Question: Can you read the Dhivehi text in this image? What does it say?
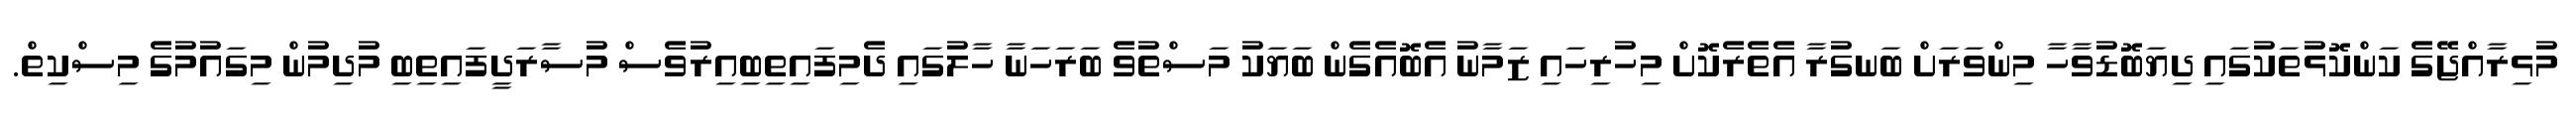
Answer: މުޅިރާއްޖޭގެ ކަންކޮޅުތަކުގައި ދިޔަބޮޑުވާހާ މިންވަރަށް ބަނގުރާ އެތެރެކޮށް މިހުރިހައި ޒަމާނު އެބޮއެގެން ބަޔަކު މަސްތުވެ ބަރަހަނާ ހާލުގައި ދެމިފައިތިބިއިރުވެސް މުސާރަދީފައިތިބި މުދިމުން މިގައުމުގެ މިސްކިތް.